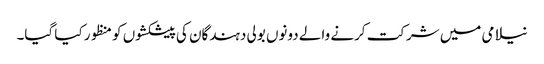
نیلامی میں شرکت کرنے والے دونوں بولی دہندگان کی پیشکشوں کو منظور کیا گیا۔